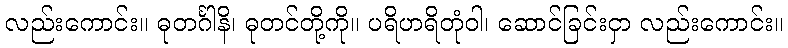
လည်းကောင်း။ ဓုတင်္ဂါနိ၊ ဓုတင်တို့ကို။ ပရိဟရိတုံဝါ၊ ဆောင်ခြင်းငှာ လည်းကောင်း။